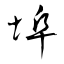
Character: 埠